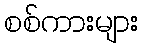
စစ်ကားများ